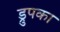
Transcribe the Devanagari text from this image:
ड्रुपका